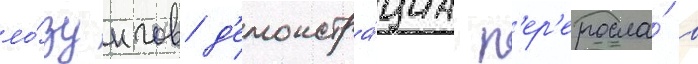
ло́зунгов д'емонстра́циа п'ер'еросла́ в